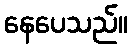
နေပေသည်။